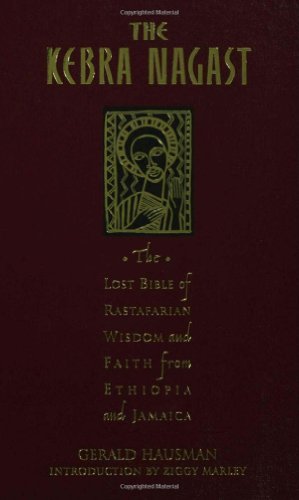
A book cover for The Kebra Nagast: The Lost Bible of Rastafarian Wisdom and Faith from Ethiopia and Jamaica; Literature & Fiction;